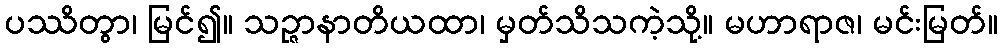
ပဿိတွာ၊ မြင်၍။ သဉ္ဇာနာတိယထာ၊ မှတ်သိသကဲ့သို့။ မဟာရာဇ၊ မင်းမြတ်။